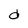
Character: d